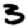
Digit: 3